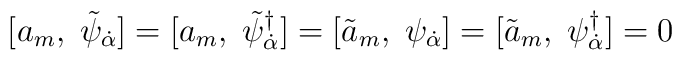
[a_{m},\;\tilde{\psi}_{\dot \alpha}] = [a_{m},\;\tilde{\psi}^{\dagger}_{\dot \alpha}] = [\tilde{a}_{m},\;\psi_{\dot \alpha}] = [\tilde{a}_{m},\;\psi^{\dagger}_{\dot \alpha}] = 0